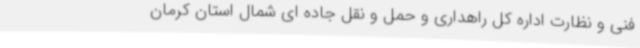
فنی و نظارت اداره کل راهداری و حمل و نقل جاده ای شمال استان کرمان